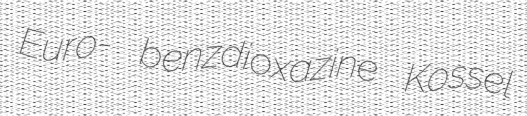
Euro- benzdioxazine Kossel